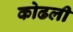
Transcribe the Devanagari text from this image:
कोढली